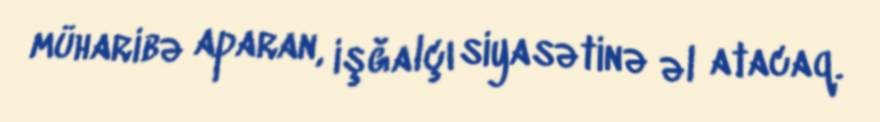
müharibə aparan, işğalçı siyasətinə əl atacaq.